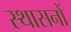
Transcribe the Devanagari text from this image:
स्थासनों